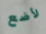
لأضع